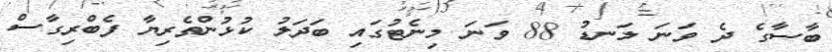
ބާސާގެ ދެ ވަނަ ލަނޑު 88 ވަނަ މިނެޓުގައި ބަދަލު ކުޅުންތެރިޔާ ފެބްރިގާސް